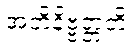
အဘိနိဗ္ဗတ္တတိ